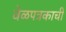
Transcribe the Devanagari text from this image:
वेळपत्रकाची